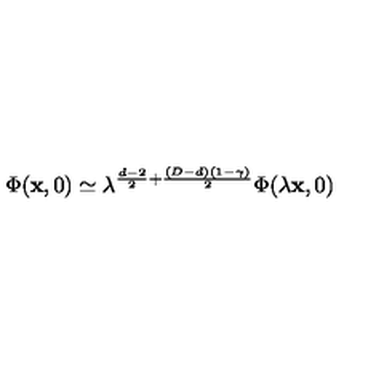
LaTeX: \Phi ( { \bf x } , 0 ) \simeq \lambda ^ { \frac { d - 2 } { 2 } + \frac { ( D - d ) ( 1 - \gamma ) } { 2 } } \Phi ( \lambda { \bf x } , 0 )